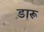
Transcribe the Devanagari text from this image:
डारू